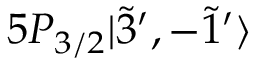
5 P _ { 3 / 2 } | \Tilde { 3 } ^ { \prime } , - \Tilde { 1 } ^ { \prime } \rangle